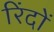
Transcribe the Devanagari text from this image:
रिंदों